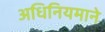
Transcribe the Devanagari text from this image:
अधिनियमाने